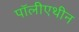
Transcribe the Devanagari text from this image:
पॉलीएथीन